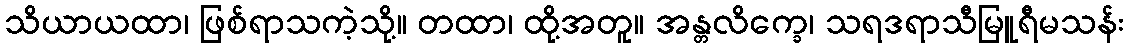
သိယာယထာ၊ ဖြစ်ရာသကဲ့သို့။ တထာ၊ ထို့အတူ။ အန္တလိက္ခေ၊ သရဒရာသီမြူရီမသန်း